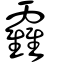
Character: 靃